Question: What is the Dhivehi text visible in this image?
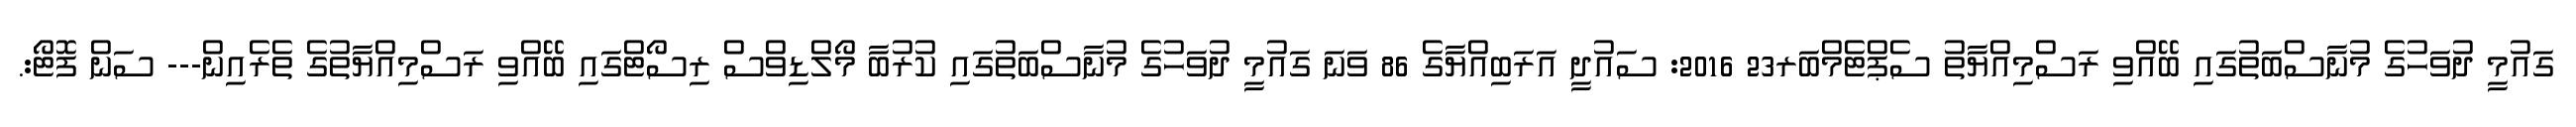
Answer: ގައުމީ ދުވަހުގެ މުނާސްބަތުގައި ބޭއްވި ރަސްމިއްޔާތު ސެޕްޓެމްބަރ23 2016: ސައުދީ އަރަބިއްޔާގެ 86 ވަނަ ގައުމީ ދުވަހުގެ މުނާސްބަތުގައި ކުރުބާ މޯލްޑިވްސް ރިސޯޓްގައި ބޭއްވި ރަސްމިއްޔާތުގެ ތެރެއިން--- ސަން ފޮޓޯ:.